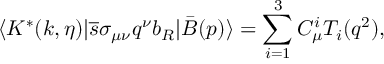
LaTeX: \langle K ^ { * } ( k , \eta ) | \overline { { { s } } } \sigma _ { \mu \nu } q ^ { \nu } b _ { R } | \bar { B } ( p ) \rangle = \sum _ { i = 1 } ^ { 3 } C _ { \mu } ^ { i } T _ { i } ( q ^ { 2 } ) ,